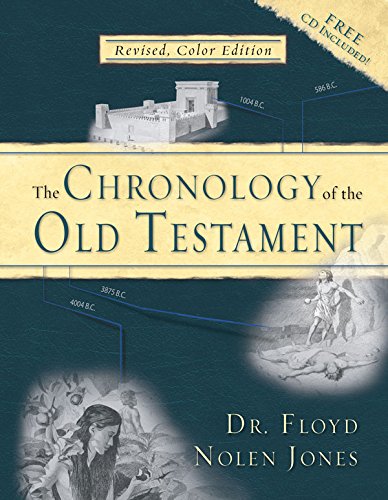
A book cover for The Chronology of the Old Testament (Book & CD); Floyd Nolen Jones; Christian Books & Bibles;